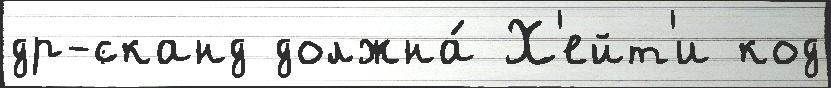
др-сканд должна́ Х'ейт'и код